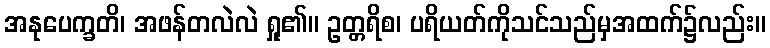
အနုပေက္ခတိ၊ အဖန်တလဲလဲ ရှု၏။ ဥတ္တရိစ၊ ပရိယတ်ကိုသင်သည်မှအထက်၌လည်း။